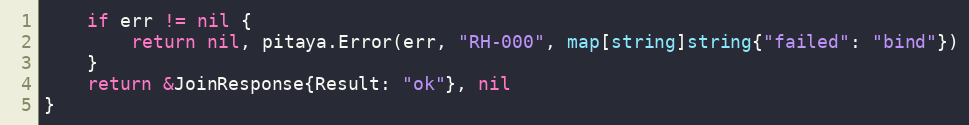
Language: Go
	if err != nil {
		return nil, pitaya.Error(err, "RH-000", map[string]string{"failed": "bind"})
	}
	return &JoinResponse{Result: "ok"}, nil
}